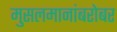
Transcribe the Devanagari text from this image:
मुसलमानांबरोबर